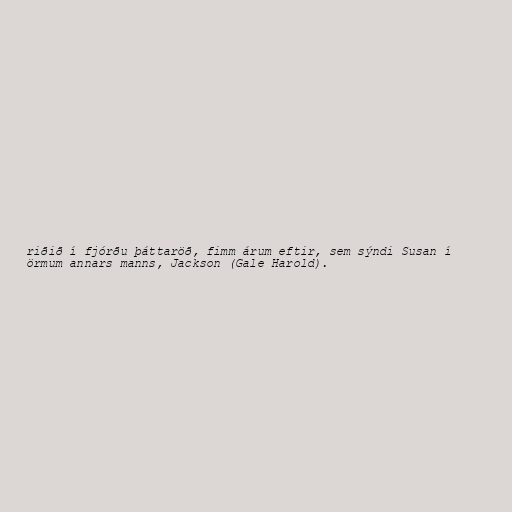
riðið í fjórðu þáttaröð, fimm árum eftir, sem sýndi Susan í
örmum annars manns, Jackson (Gale Harold).